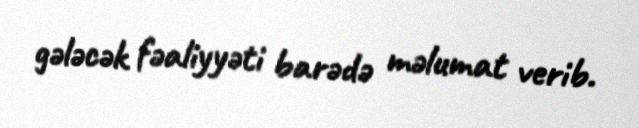
gələcək fəaliyyəti barədə məlumat verib.